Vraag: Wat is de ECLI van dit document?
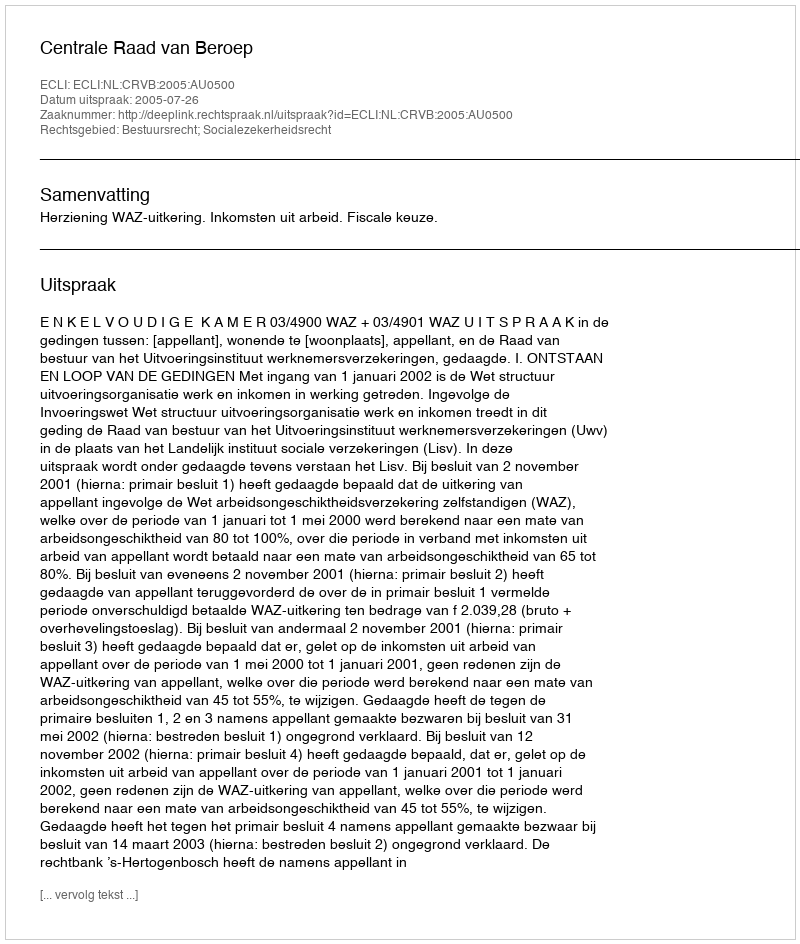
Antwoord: ECLI:NL:CRVB:2005:AU0500